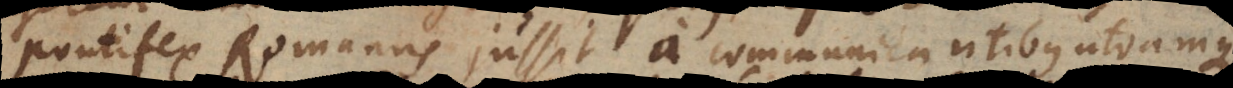
Pontifex Romanus jussit a communicantibus utramque